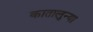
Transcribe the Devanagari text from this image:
कातालुन्या